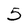
Character: 5